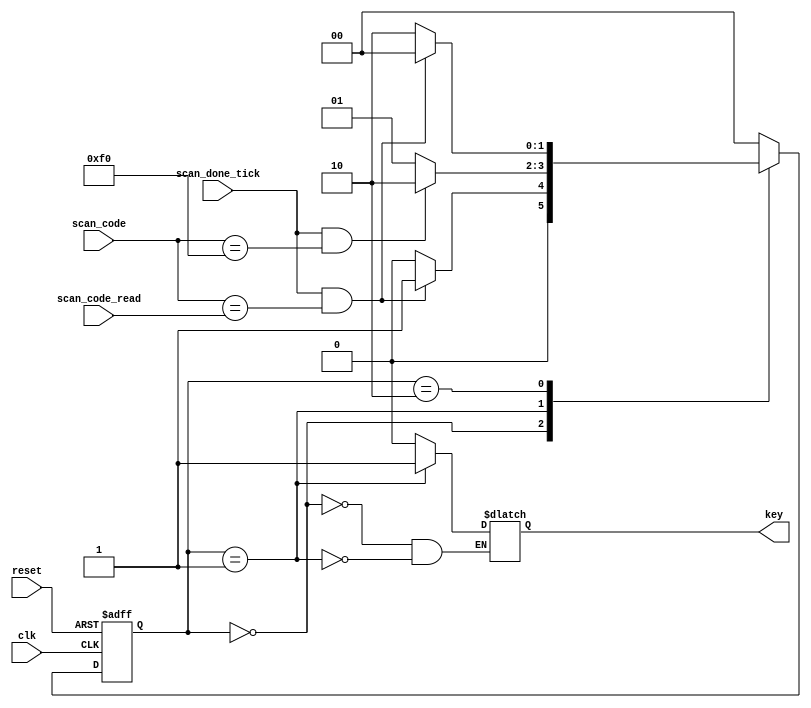
`timescale 1ns / 1ps

module kb_controller
    (
        input wire clk, reset,
        input wire [7:0] scan_code_read,
        input wire scan_done_tick,
        input wire [7:0] scan_code,
        output reg key
    );
    
    localparam [1:0]
        idle    = 2'b00,
        state1  = 2'b01,
        state2  = 2'b10;
    
    reg [1:0] current_state, next_state;
    
    always @(posedge clk, posedge reset)
    begin
        if (reset)
            current_state <= idle;
        else
            current_state <= next_state;
    end
    
    always @*
    begin
 //       next_state <= next_state;
        case (current_state)
            idle:
                begin
                    key = 0;
                    if (scan_done_tick && scan_code == scan_code_read)
                        next_state = state1;
                    else
                        next_state = idle;
                end
            state1:
                begin
                    key = 1;
                    if (scan_done_tick && scan_code == 8'hf0)
                        next_state = state2;
                    else
                        next_state = state1;
                end
            state2:
                begin
                    //key = 1;
                    if (scan_done_tick && scan_code == scan_code_read)
                        next_state = idle;
                    else
                        next_state = state2;
                end
            default:
                begin
                    next_state = idle;
                end
        endcase
    end
    
endmodule